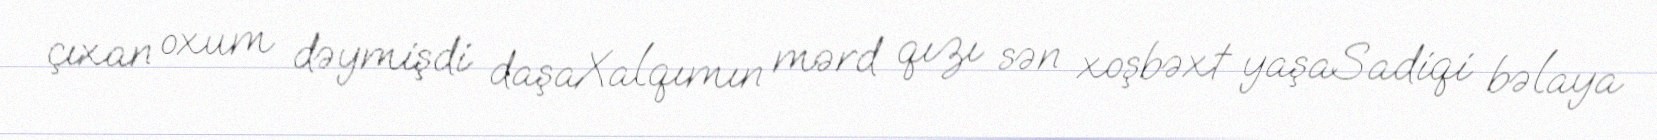
çıxan oxum dəymişdi daşaXalqımın mərd qızı sən xoşbəxt yaşaSadiqi bəlaya